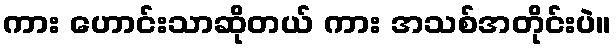
ကား ဟောင်းသာဆိုတယ် ကား အသစ်အတိုင်းပဲ။